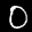
Label: 0